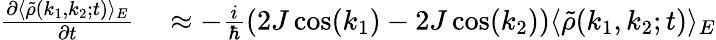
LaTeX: \begin{array}{rl}{\frac{\partial\langle\tilde{\rho}(k_{1},k_{2};t)\rangle_{E}}{\partial t}}&{{}\approx-\frac{i}{\hbar}(2J\cos(k_{1})-2J\cos(k_{2}))\langle\tilde{\rho}(k_{1},k_{2};t)\rangle_{E}}\end{array}